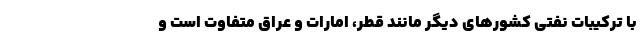
با ترکیبات نفتی کشورهای دیگر مانند قطر، امارات و عراق متفاوت است و